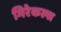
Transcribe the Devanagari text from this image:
मिरेकल्स